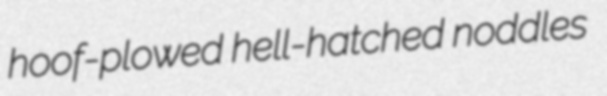
hoof-plowed hell-hatched noddles